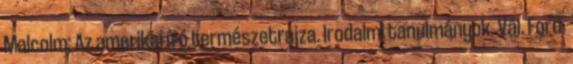
Malcolm: Az amerikai író természetrajza. Irodalmi tanulmányok. Vál. Ford.